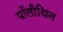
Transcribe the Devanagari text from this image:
पॉलीथिन